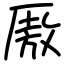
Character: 厫